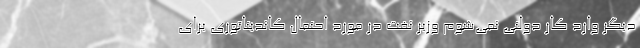
دیگر وارد کار دولتی نمی‌شوم وزیر نفت در مورد احتمال کاندیتاتوری برای